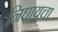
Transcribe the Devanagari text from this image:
निघायचा